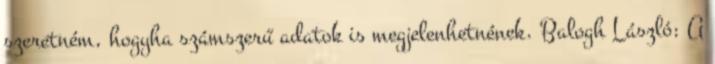
szeretném, hogyha számszerű adatok is megjelenhetnének. Balogh László: A